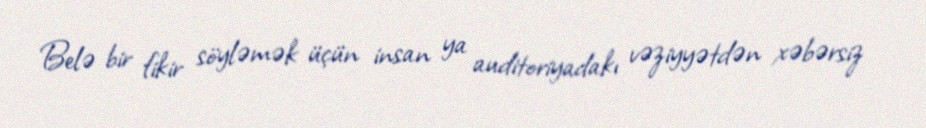
Belə bir fikir söyləmək üçün insan ya auditoriyadakı vəziyyətdən xəbərsiz